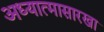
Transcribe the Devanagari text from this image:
अध्यात्मासारखा